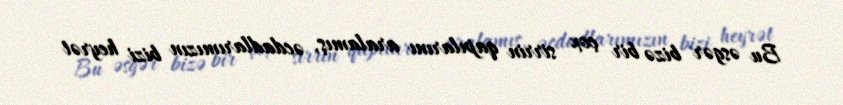
Bu əsgər bizə bir çox sirrin qapılarını aralamış, əcdadlarımızın bizi heyrət